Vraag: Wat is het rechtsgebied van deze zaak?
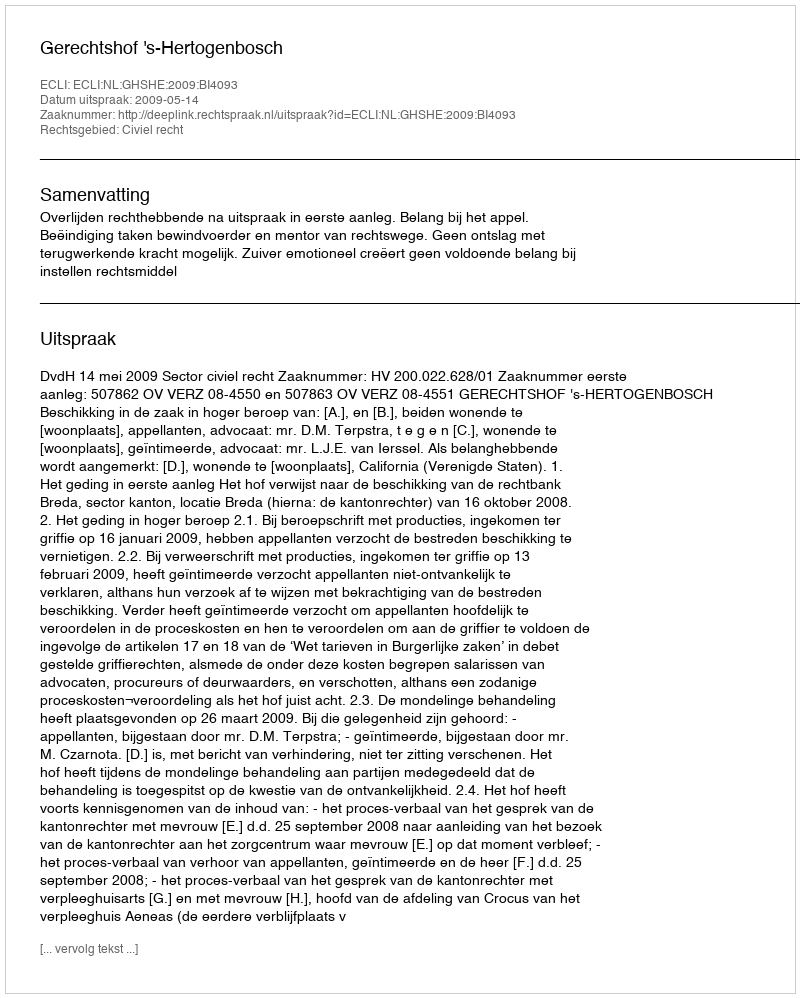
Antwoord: Civiel recht